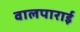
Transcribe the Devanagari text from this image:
वालपाराई